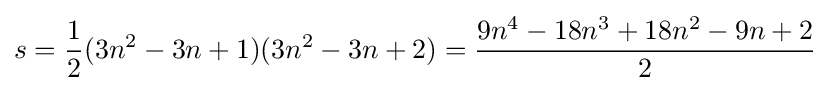
s={1 \over {2}}(3n^{2}-3n+1)(3n^{2}-3n+2)={9n^{4}-18n^{3}+18n^{2}-9n+2 \over {2}}